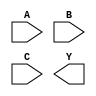
module three_input_and_gate(
    input A,
    input B,
    input C,
    output Y
);

wire and1_out;
wire and2_out;
wire and3_out;

and and1(
    .A(A),
    .B(B),
    .Y(and1_out)
);

and and2(
    .A(and1_out),
    .B(C),
    .Y(and2_out)
);

and and3(
    .A(and2_out),
    .B(and3_out),
    .Y(Y)
);

endmodule